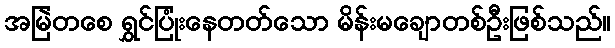
အမြဲတစေ ရွှင်ပြုံးနေတတ်သော မိန်းမချောတစ်ဦးဖြစ်သည်။